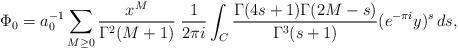
LaTeX: \begin{align*}\Phi_0=a_0^{-1}\sum_{M\geq0} \frac{x^M}{\Gamma^2(M+1)}\; \frac1{2\pi i}\int_C\frac{\Gamma(4s+1)\Gamma(2M-s)} {\Gamma^3(s+1)}(e^{-\pi i}y)^s\,ds, \end{align*}